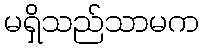
မရှိသည်သာမက